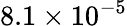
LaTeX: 8.1\times 10^{-5}